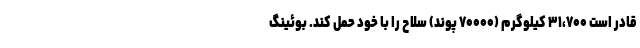
قادر است ۳۱،۷۰۰ کیلوگرم (۷۰۰۰۰ پوند) سلاح را با خود حمل کند. بوئینگ